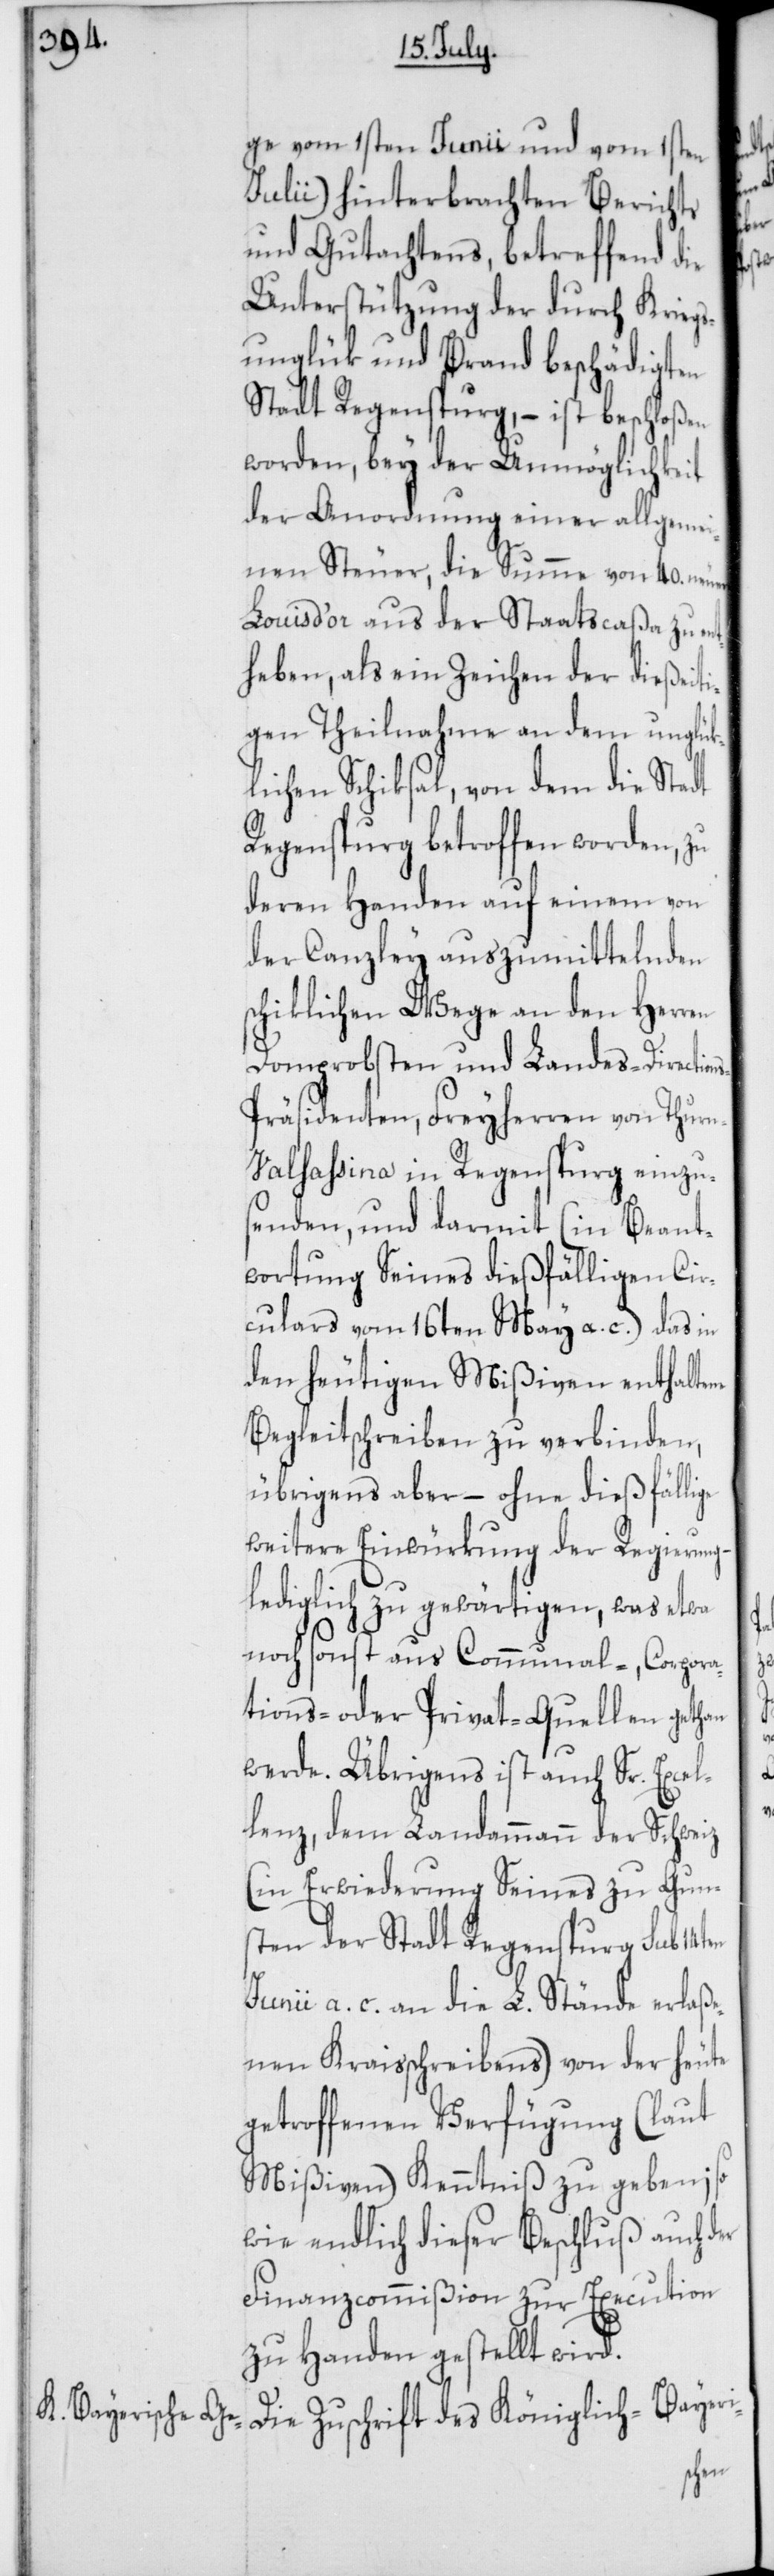
ge vom 1sten Junii und vom 1sten
Julii) hinterbrachten Berichts
und Gutachtens, betreffend die
Unterstützung der durch Kriegs¬
unglük und Brand beschädigten
Stadt Regenspurg, – ist beschloßen
worden, bey der Unmöglichkeit
der Anordnung einer allgemei¬
nen Steuer, die Summe von 40. neuen
Louis d’or aus der Staatscaßa zu ent¬
heben, als ein Zeichen der dießeiti¬
gen Theilnahme an dem unglük¬
lichen Schiksal, von dem die Stadt
Regensburg betroffen worden, zu
deren Handen auf einem von
der Canzley auszumittelnden
schiklichen Wege an den Herren
Domprobsten und Landes-Direction¬
s-Präsidenten, Freyherren von Thur¬
n-Valsaßina in Regenspurg einzu¬
senden, und darmit (in Beant¬
wortung Seines dießfälligen Cir¬
culars vom 16ten May a. c.) das in
den heutigen Mißiven enthaltene
Begleitschreiben zu verbinden,
übrigens aber, – ohne dießfällige
weitere Einwürkung der Regierung
lediglich zu gewärtigen, was etwa
noch sonst aus Communal-, Corpora¬
tions- oder Privat-Quellen gethan
werde. Übrigens ist auch Sr. Excel¬
lenz, dem Landammann der Schweiz
(in Erwiederung Seines zu Guns¬
ten der Stadt Regenspurg sub 14ten
Junii a. c. an die L. Stände erlaße¬
nen Kraisschreibens) von der heute
getroffenen Verfügung (laut
Mißiven) Kenntniß zu geben; so
wie endlich dieser Beschluß auch der
Finanzcommißion zur Execution
zu Handen gestellt wird.